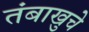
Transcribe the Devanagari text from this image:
तंबाखुचे